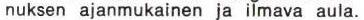
nuksen ajanmukainen ja ilmava aula.